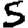
Digit: 5